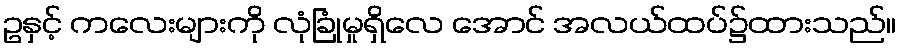
ဥနှင့် ကလေးများကို လုံခြုံမှုရှိလေ အောင် အလယ်ထပ်၌ထားသည်။